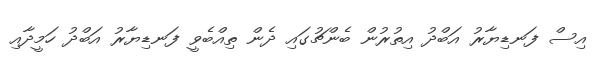
އިސް ފަނޑިޔާރު އަބްދު އިތުރުން ބެންޗުގައި ދެން ތިއްބެވީ ފަނޑިޔާރު އަބްދު ހަމީދާއި